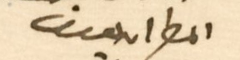
المطران يوسف